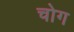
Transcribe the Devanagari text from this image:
चोग